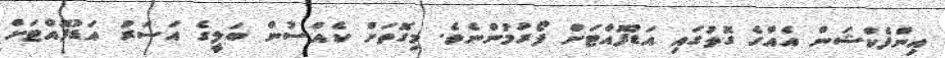
އިންފެކްޝަން އެއްގެ ގޮތުގައި އަޑުފޮއްޓަށް ފޯރުމުންނެވެ. މިގޮތަށް ކެއްސުން ބަލީގެ އަސަރު އަޑުފޮއްޓަށް